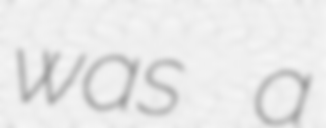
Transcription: was a